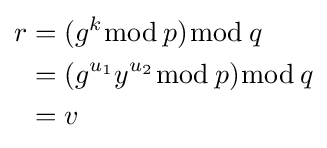
{\begin{aligned}r&=(g^{k}{\bmod {\,}}p){\bmod {\,}}q\\&=(g^{u_{1}}y^{u_{2}}{\bmod {\,}}p){\bmod {\,}}q\\&=v\end{aligned}}